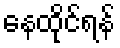
နေထိုင်ရန်